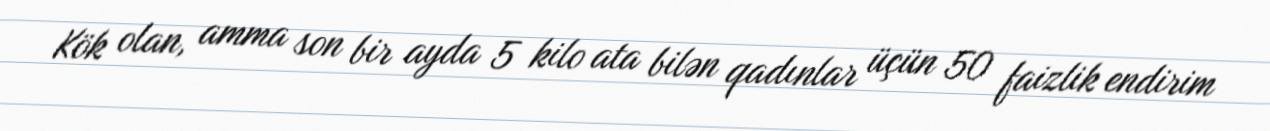
Kök olan, amma son bir ayda 5 kilo ata bilən qadınlar üçün 50 faizlik endirim